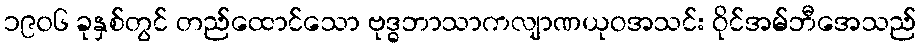
၁၉၀၆ ခုနှစ်တွင် တည်ထောင်သော ဗုဒ္ဓဘာသာကလျာဏယုဝအသင်း ဝိုင်အမ်ဘီအေသည်